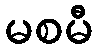
မစမီ